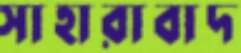
সাহারাবাদ